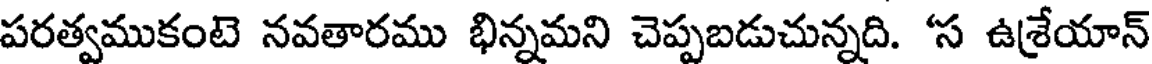
పరత్వముకంటె నవతారము భిన్నమని చెప్పబడుచున్నది. 'స ఉశ్రేయాన్